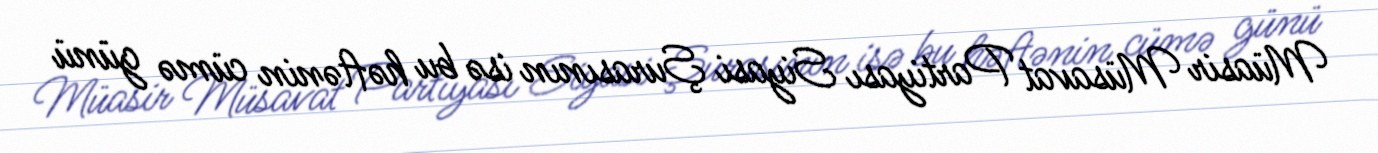
Müasir Müsavat Partiyası Siyasi Şurasının isə bu həftənin cümə günü